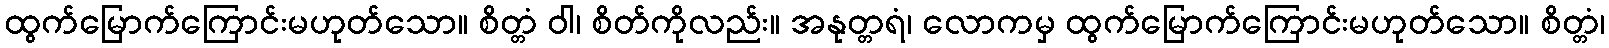
ထွက်မြောက်ကြောင်းမဟုတ်သော။ စိတ္တံ ဝါ၊ စိတ်ကိုလည်း။ အနုတ္တရံ၊ လောကမှ ထွက်မြောက်ကြောင်းမဟုတ်သော။ စိတ္တံ၊